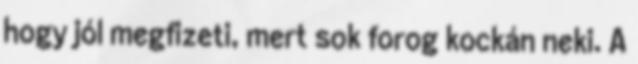
hogy jól megfizeti, mert sok forog kockán neki. A